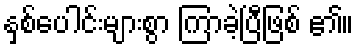
နှစ်ပေါင်းများစွာ ကြာခဲ့ပြီဖြစ် ၏။